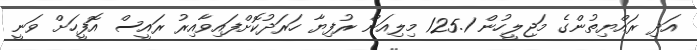
އަދި ރައްޔިތުންގެ މަޖިލީހުން 125.1 މިލިއަން ރުފިޔާ ހަރަދުކޮށްފައިވާއިރު ރައީސް އޮފީހަށް ވަނީ